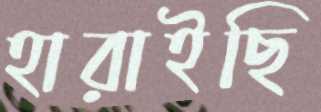
হারাইছি